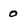
Character: 0